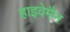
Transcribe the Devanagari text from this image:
हाइवेमैन